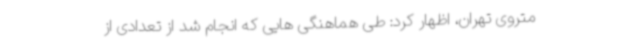
متروی تهران، اظهار کرد: طی هماهنگی هایی که انجام شد از تعدادی از